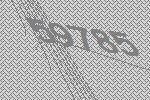
59785